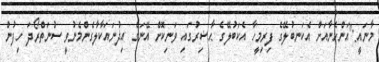
މާނައީ:"އަންހެނާއަށް އެކަނބުލޭގެ ފިރިމީހާ އެކަބުލޭގެ ޙާޟިރުގައި ވަނިކޮށް އޭނަގެ އިޛުނައަކާލާގެންމެނުވީ ސުނަތްރޯދަ ހިފުން